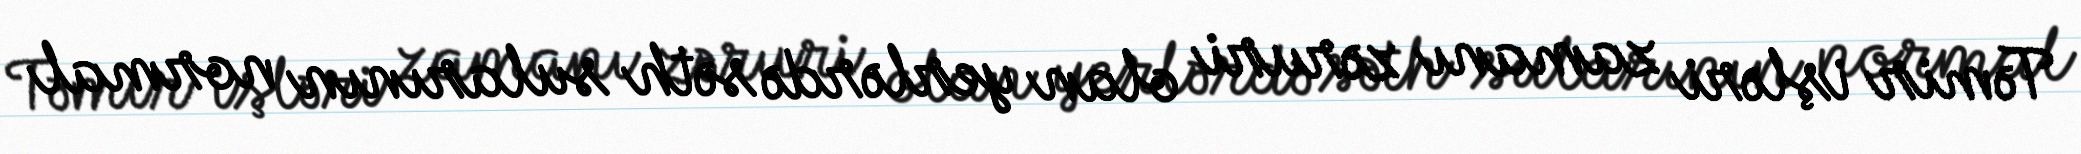
Təmir işləri zamanı zəruri olan yerlərdə səth sularının normal